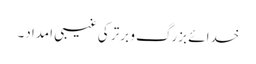
خدائے بزرگ و برتر کی غیبی امداد۔